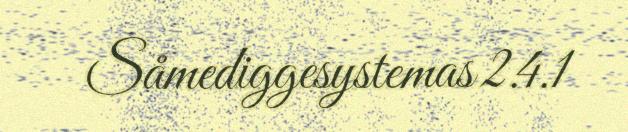
Såmediggesystemas 2.4.1